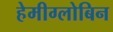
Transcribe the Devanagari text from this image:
हेमीग्लोबिन